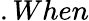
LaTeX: .When